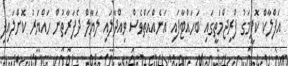
އަފްލާކް ކޮފީމަގު ފްރިޖްމަތީގައި ބަހައްޓާފައި އަނެއްއަތްވެސް ވިއްދާލައި ލަޔާލް ދެފަރާތުން ހައްޔަރު ކޮށްލައިފި